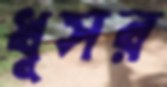
ধূসর